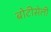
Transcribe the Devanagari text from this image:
बोटीसेली